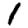
Digit: 1